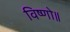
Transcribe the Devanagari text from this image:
विष्णो॥